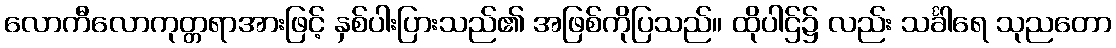
လောကီလောကုတ္တရာအားဖြင့် နှစ်ပါးပြားသည်၏ အဖြစ်ကိုပြသည်။ ထိုပါဌ်၌ လည်း သင်္ခါရေ သုညတော